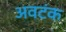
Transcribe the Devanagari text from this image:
अवटंक